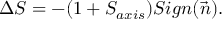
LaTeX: \Delta S = - ( 1 + S _ { a x i s } ) S i g n ( \vec { n } ) .